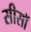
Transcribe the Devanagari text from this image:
सीसॉ